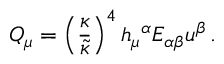
{ \cal Q } _ { \mu } = \left( { \frac { \kappa } { \widetilde \kappa } } \right) ^ { 4 } h _ { \mu } { } ^ { \alpha } { \cal E } _ { \alpha \beta } u ^ { \beta } \, .